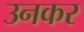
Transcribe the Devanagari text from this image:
उनकर